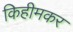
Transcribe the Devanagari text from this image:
किहीमकर